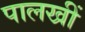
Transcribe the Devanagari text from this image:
पालखीं